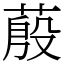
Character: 蒑